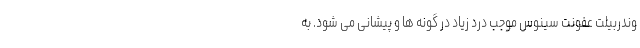
وندربیلت عفونت سینوس موجب درد زیاد در گونه ها و پیشانی می شود. به